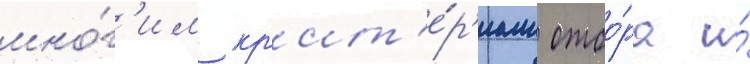
мно́г'им кр'ит'е́р'иам отбо́ра и́